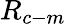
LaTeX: R_{c-m}